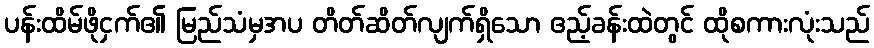
ပန်းထိမ်ဖိုငှက်၏ မြည်သံမှအပ တိတ်ဆိတ်လျက်ရှိသော ဧည့်ခန်းထဲတွင် ထိုစကားလုံးသည်